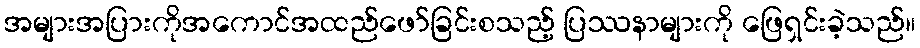
အများအပြားကိုအကောင်အထည်ဖော်ခြင်းစသည့် ပြဿနာများကို ဖြေရှင်းခဲ့သည်။